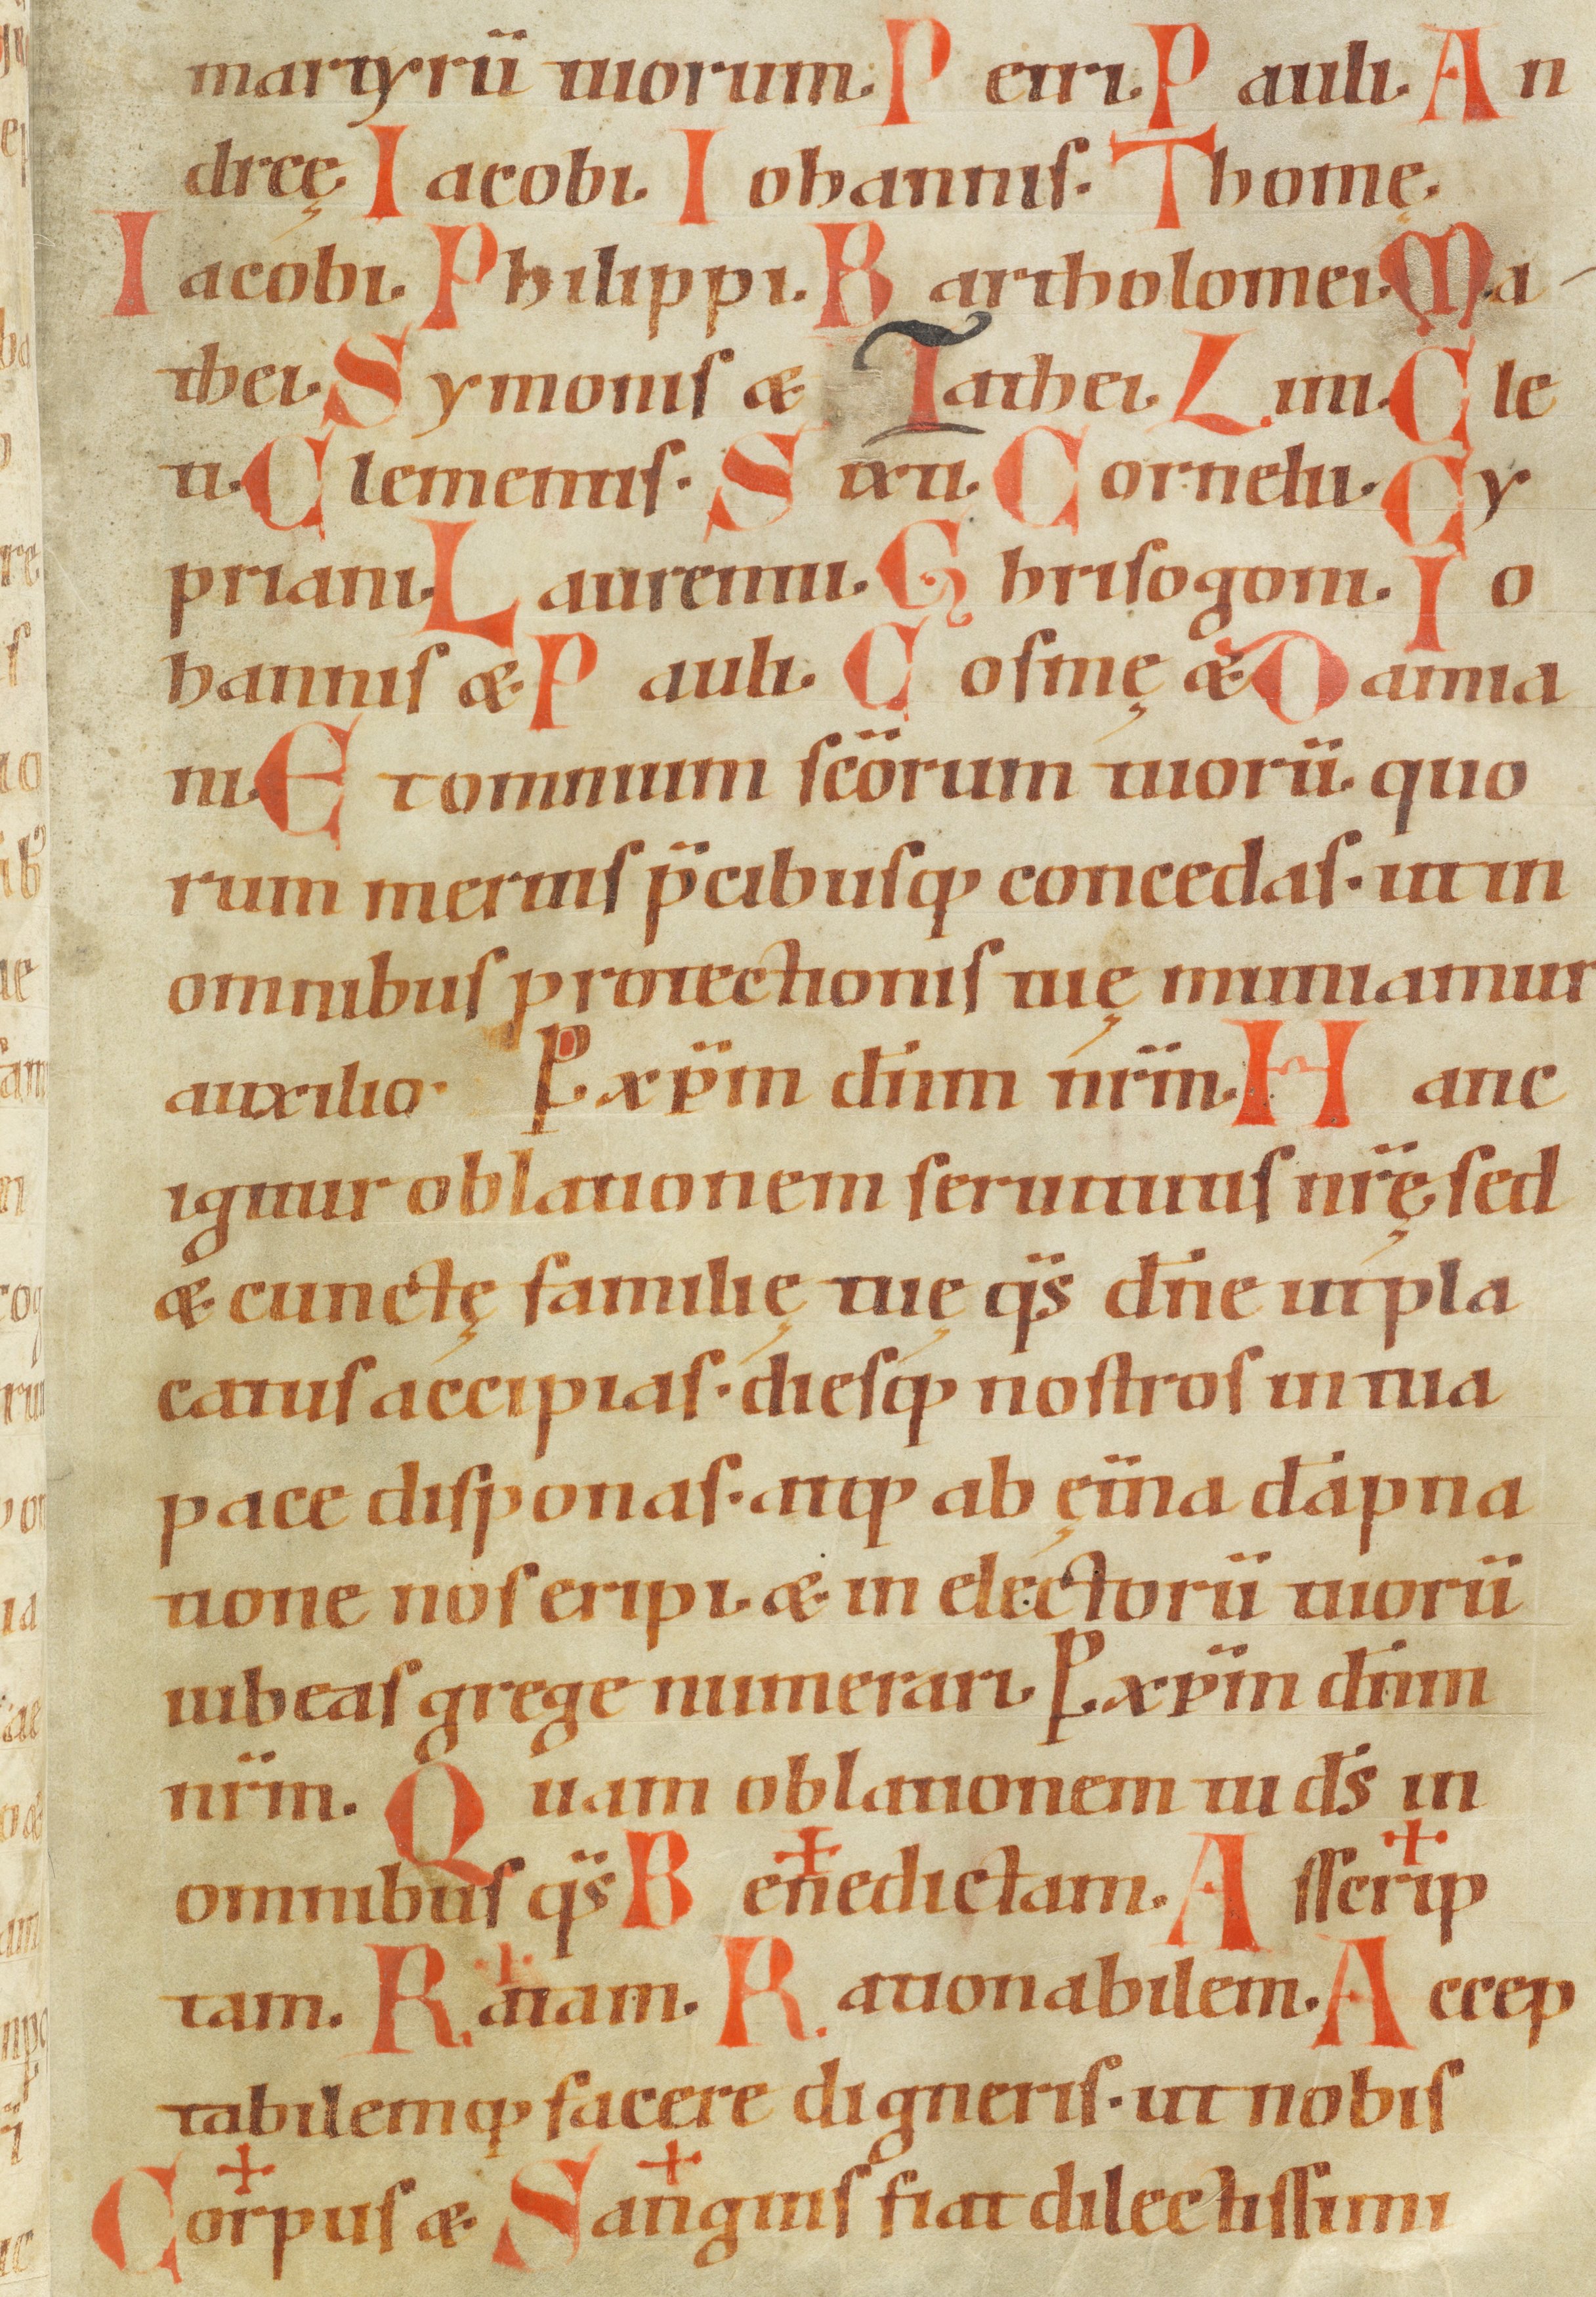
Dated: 1100–1199